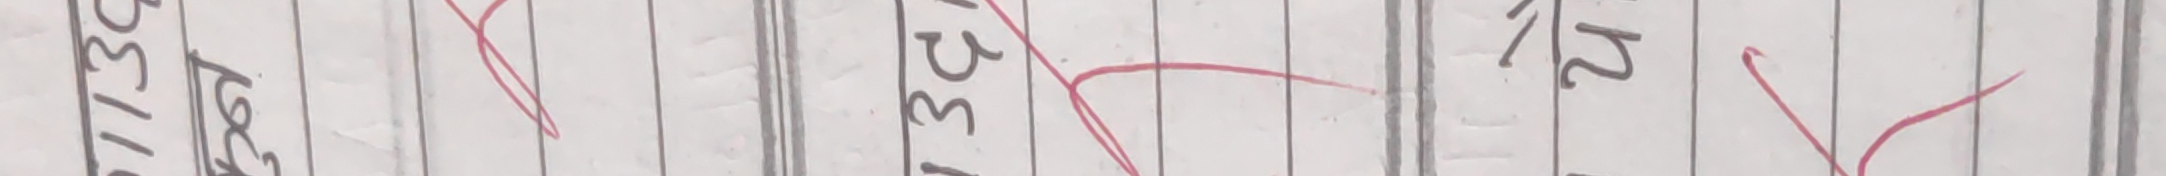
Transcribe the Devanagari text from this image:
११/३० १३/२० १२